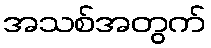
အသစ်အတွက်